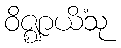
ဝိဇ္ဈာယိံသု